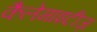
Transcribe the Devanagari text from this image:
कैलेमाइटीज़